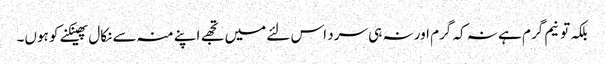
بلکہ تو نیم گرم ہے نہ کہ گرم اور نہ ہی سرد اس لئے میں تجھے اپنے منہ سے نکال پھینکنے کو ہوں۔